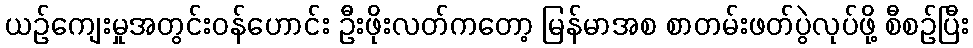
ယဉ်ကျေးမှုအတွင်းဝန်ဟောင်း ဦးဖိုးလတ်ကတော့ မြန်မာအစ စာတမ်းဖတ်ပွဲလုပ်ဖို့ စီစဉ်ပြီး